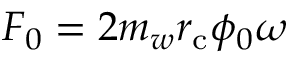
F _ { 0 } = 2 m _ { w } r _ { \mathrm { c } } \phi _ { 0 } \omega